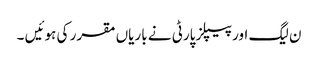
ن لیگ اور پیپلز پارٹی نے باریاں مقرر کی ہوئیں ۔